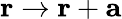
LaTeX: \mathbf{r}\rightarrow\mathbf{r}+\mathbf{a}